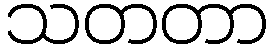
သတတာ